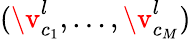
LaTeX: (\v_{c_{1}}^{l},\dots,\v_{c_{M}}^{l})